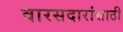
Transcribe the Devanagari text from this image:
वारसदारांसाठी